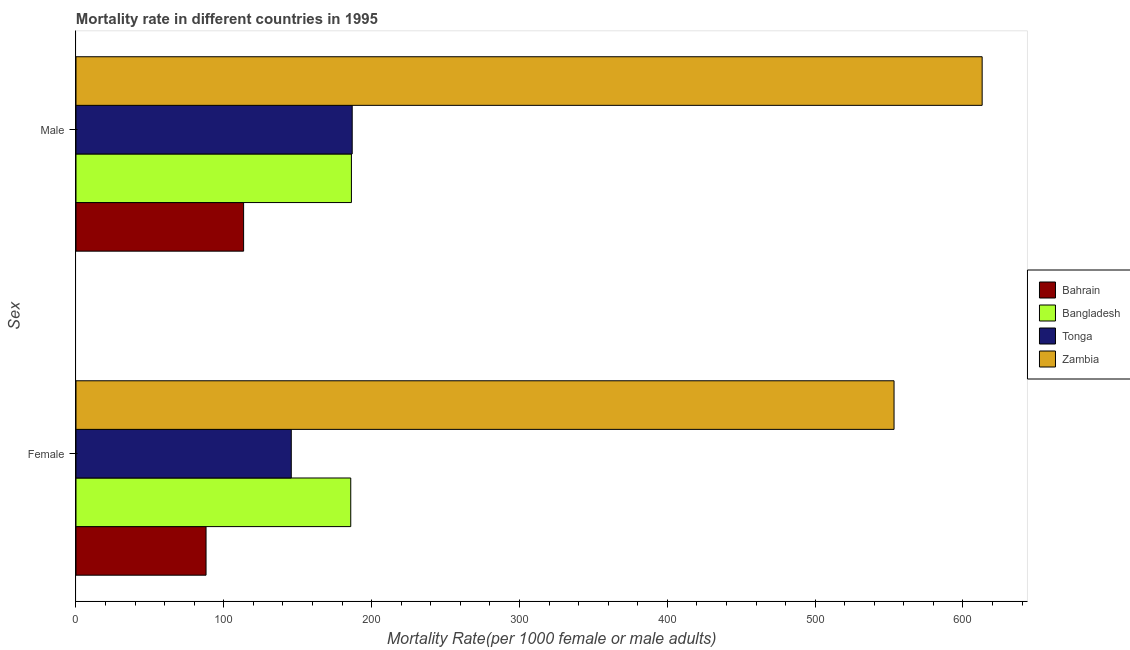
| Sex | Bahrain | Bangladesh | Tonga | Zambia |
 | --- | --- | --- | --- | --- |
 | Female | 88 | 186 | 146 | 553 |
 | Male | 113 | 186 | 187 | 613 |